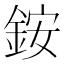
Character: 銨